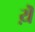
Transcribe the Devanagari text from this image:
य़ॆ